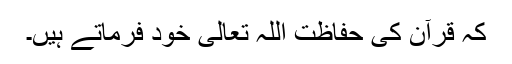
کہ قرآن کی حفاظت اللہ تعالی خود فرماتے ہیں۔